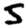
Digit: 5